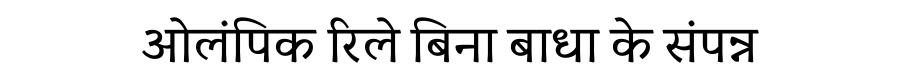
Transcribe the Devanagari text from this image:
ओलंपिक रिले बिना बाधा के संपन्न